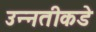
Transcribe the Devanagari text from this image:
उन्‍नतीकडे